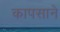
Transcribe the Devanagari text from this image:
कापसाने